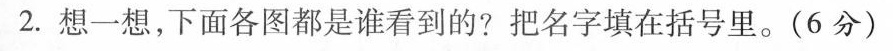
2.想一想，下面各图都是谁看到的?把名字填在括号里。(6分)